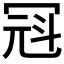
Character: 𪞒